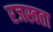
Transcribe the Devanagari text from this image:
रजस्वता